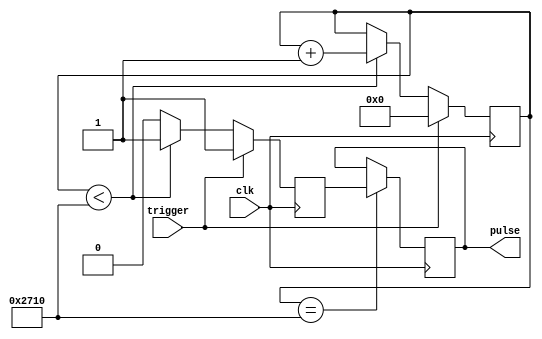
module one_shot_timer (
    input trigger,
    input clk,
    output reg pulse
);

parameter WIDTH = 16;  // Set the width of the counter
parameter PRESET_VALUE = 10000; // Set the preset value for the counter

reg [WIDTH-1:0] counter;
reg pulse_active;

always @(posedge clk) begin
    if (trigger) begin
        counter <= 0;
        pulse_active <= 1;
    end else if (counter < PRESET_VALUE) begin
        counter <= counter + 1;
        pulse_active <= 1;
    end else begin
        pulse_active <= 0;
    end
end

// Synchronization block to prevent glitches
always @(posedge clk) begin
    if (counter == PRESET_VALUE) begin
        pulse <= pulse_active;
    end
end

endmodule